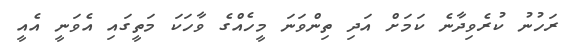
ރަހުނު ކުރެވިދާނެ ކަމަށް އަދި ތިންވަނަ މީހެއްގެ ވާހަކަ މަތީގައި އެވަނީ އެއީ